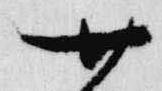
廿